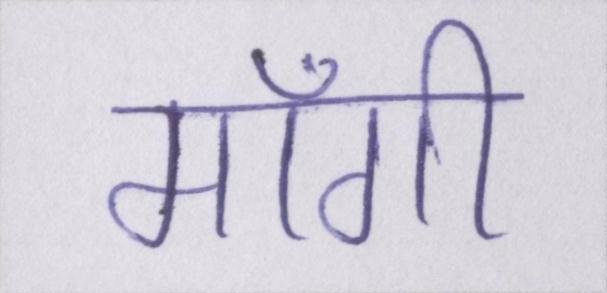
माँगी